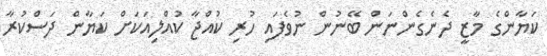
ކަޔާންގެ މާޒީ ދެނެގެންނަން ބޭނުން ނުވެފައި ހުރި ކުއްޖާ ކުއްލިއަކަށް ކަޔާން ދަސްކުރާ